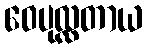
ဝေပုလ္လတာယ